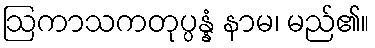
ဩကာသကတုပ္ပန္နံ နာမ၊ မည်၏။